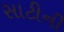
સાટીની